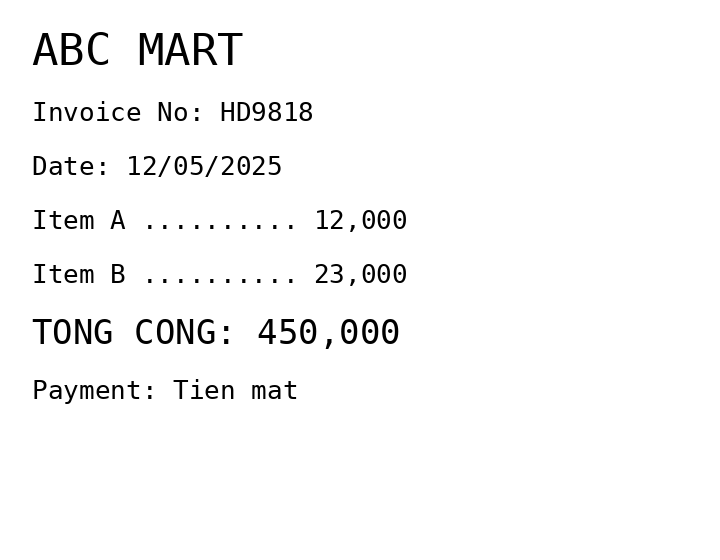
ABC MART
Invoice No: HD9818
Date: 12/05/2025
Item A .......... 12,000
Item B .......... 23,000
TONG CONG: 450,000
Payment: Tien mat
Merchant: abc mart
Date: 2025-05-12
Total: 450000
Invoice No: HD9818
Payment method: CASH